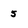
Character: 5